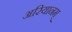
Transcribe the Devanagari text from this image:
अरियानम्